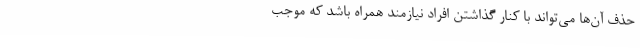
حذف آن‌ها می‌تواند با کنار گذاشتن افراد نیازمند همراه باشد که موجب